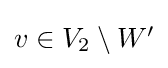
{\textstyle v\in V_{2}\setminus W'}